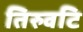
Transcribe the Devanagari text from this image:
तिरुवटि